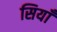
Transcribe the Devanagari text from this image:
सियाँ